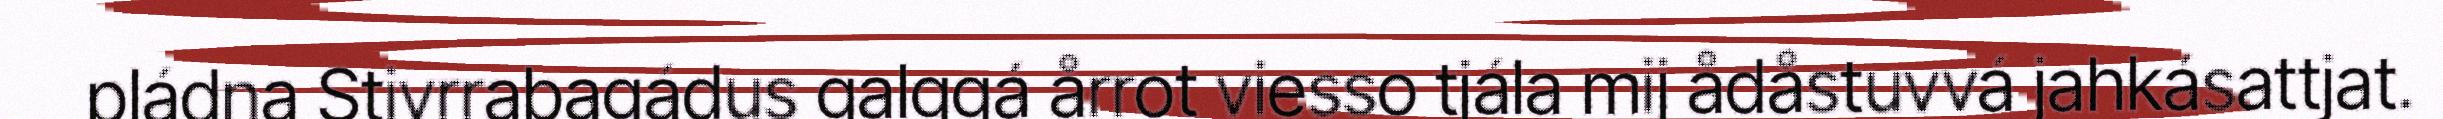
pládna Stivrrabagádus galggá årrot viesso tjála mij ådåstuvvá jahkásattjat.